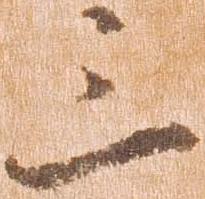
三